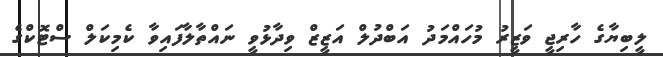
ލީބިޔާގެ ހާރިޖީ ވަޒީރު މުހައްމަދު އަބްދުލް އަޒީޒް ވިދާޅުވީ ނައްތާލާފައިވާ ކެމިކަލް ސްޓޮކްގެ